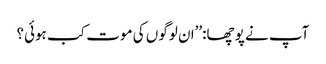
آپ نے پوچھا:’’ان لوگوں کی موت کب ہوئی؟